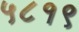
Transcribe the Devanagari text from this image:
५८१९